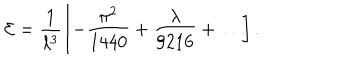
{ \cal E } = \frac { 1 } { \ell ^ { 3 } } \left[ - \frac { \pi ^ { 2 } } { 1 4 4 0 } + \frac { \lambda } { 9 2 1 6 } + \ldots \right] .